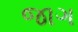
જાગ